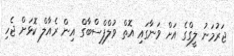
ޖަރުމަނު ލީގްގެ އަށް ވަނާގައި އޮތް ވުލްފްސްބާގް އިން ރެއާލް ކޮޅަށް ޖެހި